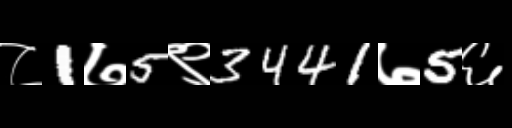
Text: ८1७5९3441७5६